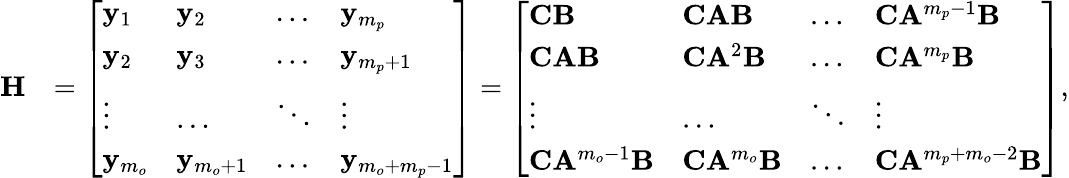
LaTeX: \begin{array}{rl}{\mathbf{H}}&{=\left[\begin{array}{llll}{\mathbf{y}_{1}}&{\mathbf{y}_{2}}&{\dots}&{\mathbf{y}_{m_{p}}}\\ {\mathbf{y}_{2}}&{\mathbf{y}_{3}}&{\dots}&{\mathbf{y}_{m_{p}+1}}\\ {\vdots}&{\dots}&{\ddots}&{\vdots}\\ {\mathbf{y}_{m_{o}}}&{\mathbf{y}_{m_{o}+1}}&{\dots}&{\mathbf{y}_{m_{o}+m_{p}-1}}\end{array}\right]=\left[\begin{array}{llll}{\mathbf{C}\mathbf{B}}&{\mathbf{C}\mathbf{A}\mathbf{B}}&{\dots}&{\mathbf{C}\mathbf{A}^{m_{p}-1}\mathbf{B}}\\ {\mathbf{C}\mathbf{A}\mathbf{B}}&{\mathbf{C}\mathbf{A}^{2}\mathbf{B}}&{\dots}&{\mathbf{C}\mathbf{A}^{m_{p}}\mathbf{B}}\\ {\vdots}&{\dots}&{\ddots}&{\vdots}\\ {\mathbf{C}\mathbf{A}^{m_{o}-1}\mathbf{B}}&{\mathbf{C}\mathbf{A}^{m_{o}}\mathbf{B}}&{\dots}&{\mathbf{C}\mathbf{A}^{m_{p}+m_{o}-2}\mathbf{B}}\end{array}\right],}\end{array}